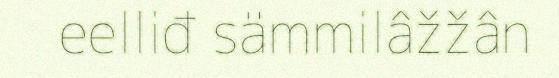
eelliđ sämmilâžžân